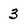
Character: 3